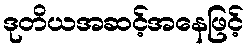
ဒုတိယအဆင့်အနေဖြင့်